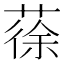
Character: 蒣